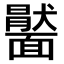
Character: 𩉂